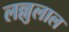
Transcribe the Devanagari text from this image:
लल्लुलाल